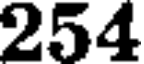
254